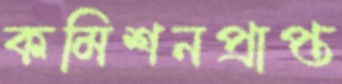
কমিশনপ্রাপ্ত